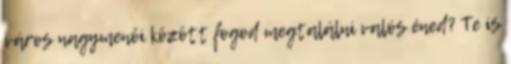
város nagymenői között fogod megtalálni valós éned? Te is